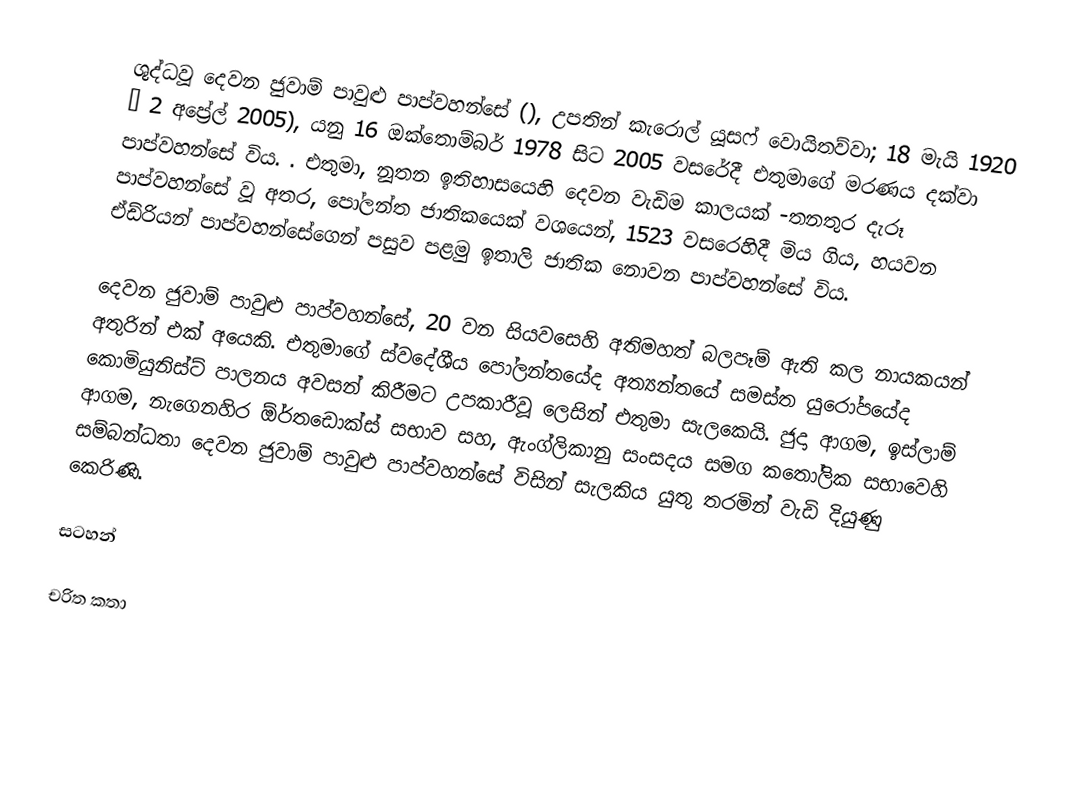
ශුද්ධවූ දෙවන ජුවාම් පාවුළු පාප්වහන්සේ (), උපතින්   කැරොල් යූසෆ් වොයිතව්වා; 18 මැයි 1920 – 2 අප්‍රේල් 2005), යනු 16 ඔක්තොම්බර් 1978 සිට 2005 වසරේදී එතුමාගේ මරණය දක්වා පාප්වහන්සේ විය. . එතුමා, නූතන ඉතිහාසයෙහි දෙවන වැඩිම කාලයක් -තනතුර දැරූ පාප්වහන්සේ වූ අතර, පෝලන්ත ජාතිකයෙක් වශයෙන්, 1523 වසරෙහිදී මිය ගිය,  හයවන ඒඩ්රියන් පාප්වහන්සේගෙන්  පසුව පළමු ඉතාලි ජාතික නොවන පාප්වහන්සේ විය.

දෙවන ජුවාම් පාවුළු පාප්වහන්සේ, 20 වන සියවසෙහි අතිමහත් බලපෑම් ඇති කල නායකයන් අතුරින් එක් අයෙකි. එතුමාගේ ස්වදේශීය පෝලන්තයේද අත්‍යන්තයේ සමස්ත යුරෝපයේද කොමියුනිස්ට් පාලනය අවසන් කිරීමට උපකාරීවූ ලෙසින් එතුමා සැලකෙයි.  ජුදා ආගම, ඉස්ලාම් ආගම, නැගෙනහිර ඕර්තඩොක්ස් සභාව සහ, ඇංග්ලිකානු සංසදය සමග කතෝලික සභාවෙහි සම්බන්ධතා දෙවන ජුවාම් පාවුළු පාප්වහන්සේ  විසින් සැලකිය යුතු තරමින් වැඩි දියුණු කෙරිණි.

සටහන්

චරිත කතා